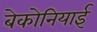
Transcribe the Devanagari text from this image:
बेकोनियाई